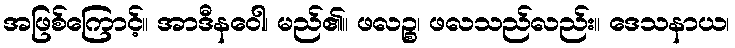
အဖြစ်ကြောင့်။ အာဒီနဝေါ၊ မည်၏။ ဖလဉ္စ၊ ဖလသည်လည်း။ ဒေသနာယ၊